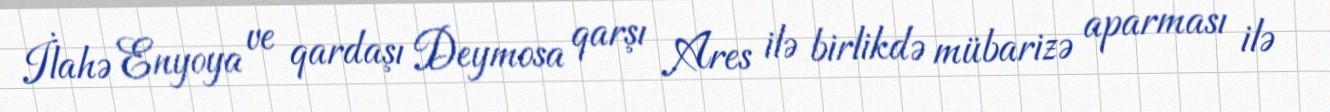
İlahə Enyoya ve qardaşı Deymosa qarşı Ares ilə birlikdə mübarizə aparması ilə